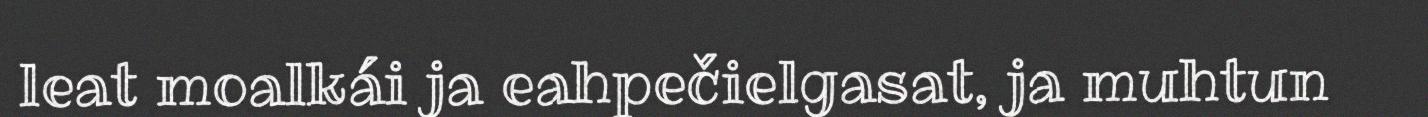
leat moalkái ja eahpečielgasat, ja muhtun